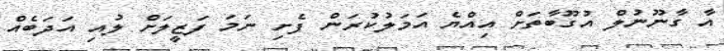
އާ ގާނޫނުލް އުގޫބާތަށް އިއްޔެ އަމަލުކުރަން ފެށި ނަމަ ފަޒީލަށް ލުއި އަދަބެއް